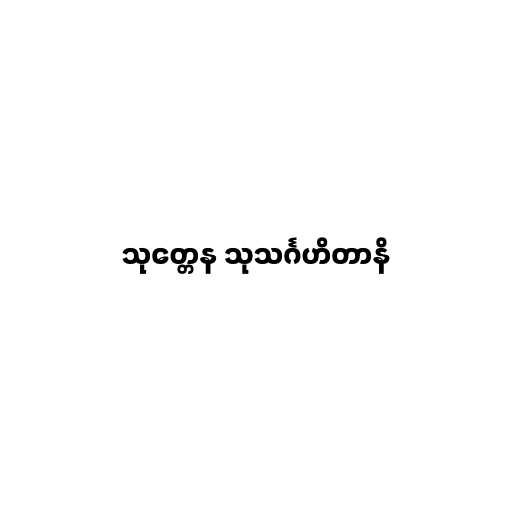
သုတ္တေန သုသင်္ဂဟိတာနိ